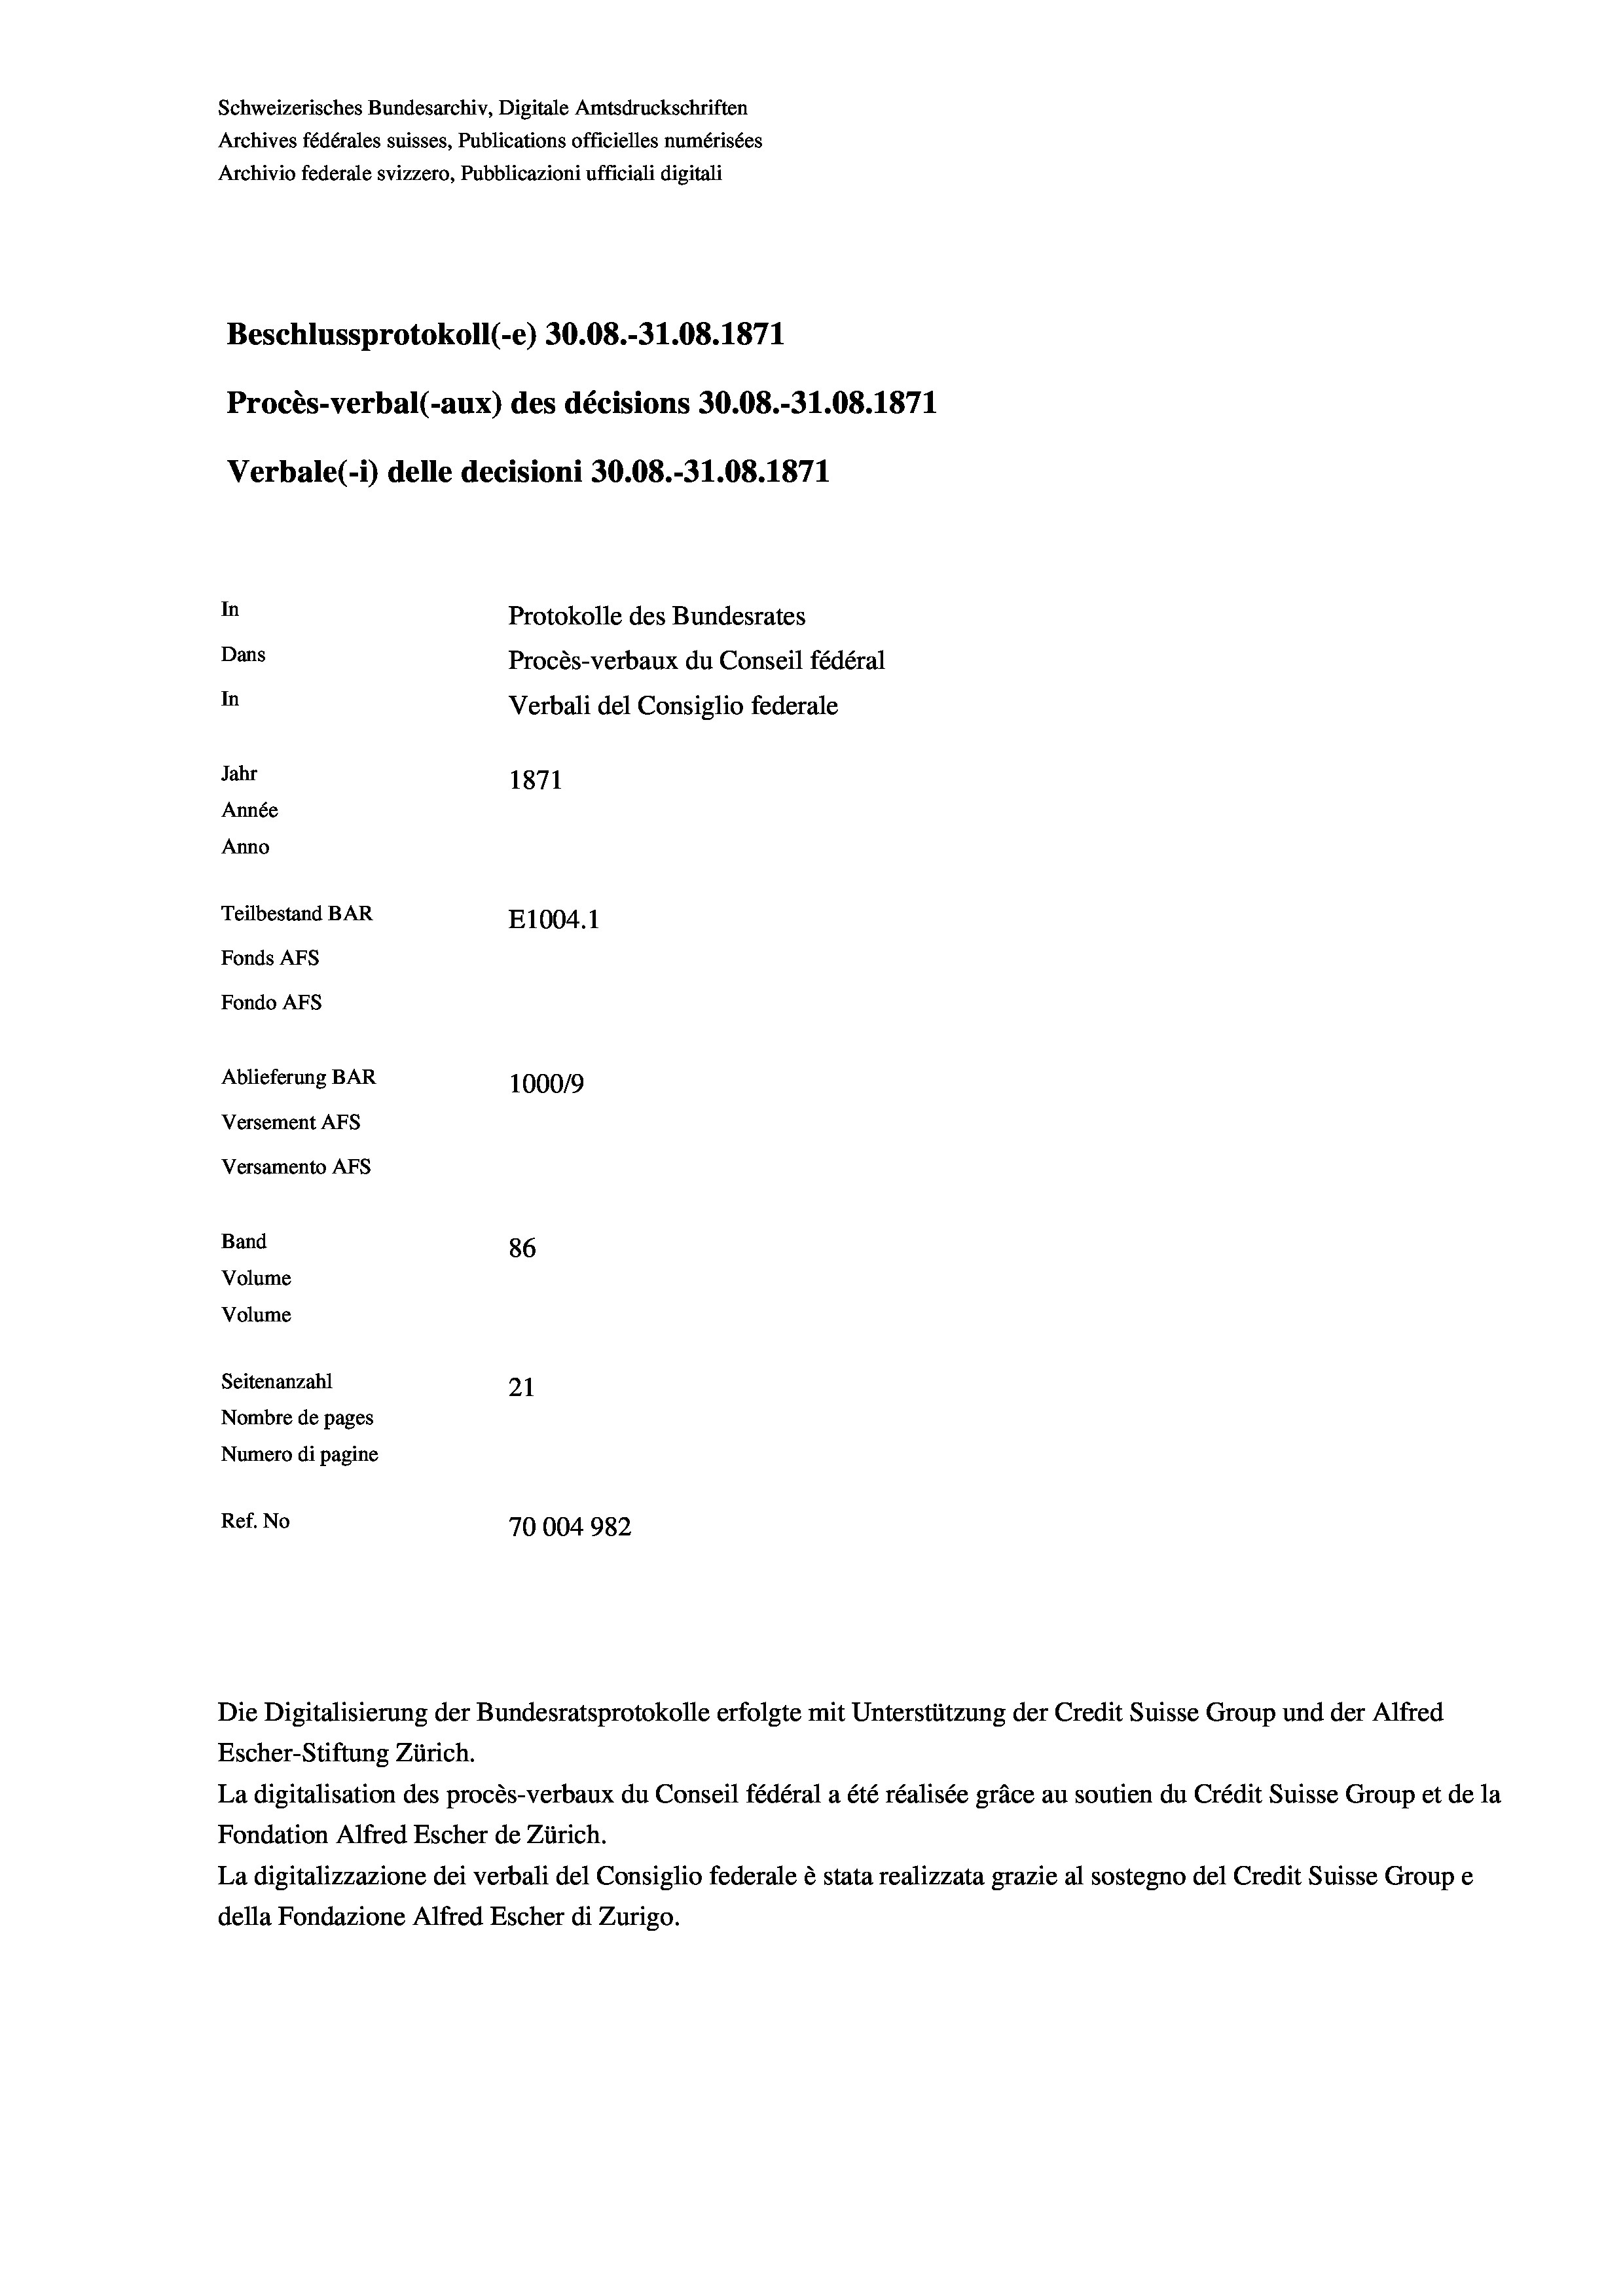
Schweizerisches Bundesarchiv, Digitale Amtsdruckschriften
Archives fédérales suisses, Publications officielles numérisées
Archivio federale svizzero, Pubblicazioni ufficiali digitali
Beschlussprotokoll (-e) 30.08.-31.08. 1871
Procès-verbal (-aux) des décisions 30.08.-31.08. 1871
Verbale (1) delle decisioni 30.08.-31.08. 1871
In
Protokolle des Bundesrates
Dans
Procès-verbaux du Conseil fédéral
In
Verbali del Consiglio federale
Jahr
1871
Année
Anno
Teilbestand BAR
E1004. 1
Fonds AFs
Fondo Afs
Ablieferung BAR
100019
Versement Ans
Versamento Afs
Band
86
Volume
Volume
Seitenanzahl
21
Nombre de pages
Numero di pagine
Ref. No
70004982

Die Digitalisierung der Bundesratsprotokolle erfolgte mit Unterstützung der Credit Suisse Group und der Alfred
Escher-Stiftung Zürich.
La digitalisation des procès-verbaux du Conseil fédéral a été réalisée gräce au soutien du Crédit Suisse Group et de la
Fondation Alfred Escher de Zürich.
La digitalizzazione dei verbali del Consiglio federale è stata realizzata grazie al sostegno del Credit Suisse Groupe
della Fondazione Alfred Escher di Zurigo.